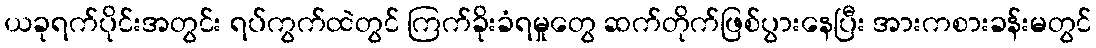
ယခုရက်ပိုင်းအတွင်း ရပ်ကွက်ထဲတွင် ကြက်ခိုးခံရမှုတွေ ဆက်တိုက်ဖြစ်ပွားနေပြီး အားကစားခန်းမတွင်